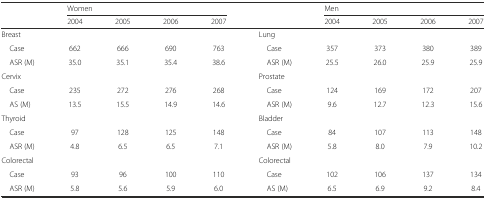
<table><thead><tr><td></td><td colspan="4"><b>Women</b></td><td></td><td colspan="4"><b>Men</b></td></tr><tr><td></td><td><b>2004</b></td><td><b>2005</b></td><td><b>2006</b></td><td><b>2007</b></td><td></td><td><b>2004</b></td><td><b>2005</b></td><td><b>2006</b></td><td><b>2007</b></td></tr></thead><tbody><tr><td>Breast</td><td></td><td></td><td></td><td></td><td>Lung</td><td></td><td></td><td></td><td></td></tr><tr><td> Case</td><td>662</td><td>666</td><td>690</td><td>763</td><td> Case</td><td>357</td><td>373</td><td>380</td><td>389</td></tr><tr><td> ASR (M)</td><td>35.0</td><td>35.1</td><td>35.4</td><td>38.6</td><td> ASR (M)</td><td>25.5</td><td>26.0</td><td>25.9</td><td>25.9</td></tr><tr><td>Cervix</td><td></td><td></td><td></td><td></td><td>Prostate</td><td></td><td></td><td></td><td></td></tr><tr><td> Case</td><td>235</td><td>272</td><td>276</td><td>268</td><td> Case</td><td>124</td><td>169</td><td>172</td><td>207</td></tr><tr><td> AS (M)</td><td>13.5</td><td>15.5</td><td>14.9</td><td>14.6</td><td> ASR (M)</td><td>9.6</td><td>12.7</td><td>12.3</td><td>15.6</td></tr><tr><td>Thyroid</td><td></td><td></td><td></td><td></td><td>Bladder</td><td></td><td></td><td></td><td></td></tr><tr><td> Case</td><td>97</td><td>128</td><td>125</td><td>148</td><td> Case</td><td>84</td><td>107</td><td>113</td><td>148</td></tr><tr><td> ASR (M)</td><td>4.8</td><td>6.5</td><td>6.5</td><td>7.1</td><td> ASR (M)</td><td>5.8</td><td>8.0</td><td>7.9</td><td>10.2</td></tr><tr><td>Colorectal</td><td></td><td></td><td></td><td></td><td>Colorectal</td><td></td><td></td><td></td><td></td></tr><tr><td> Case</td><td>93</td><td>96</td><td>100</td><td>110</td><td> Case</td><td>102</td><td>106</td><td>137</td><td>134</td></tr><tr><td> ASR (M)</td><td>5.8</td><td>5.6</td><td>5.9</td><td>6.0</td><td> AS (M)</td><td>6.5</td><td>6.9</td><td>9.2</td><td>8.4</td></tr></tbody></table>